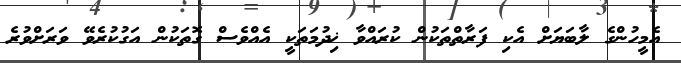
އެމީހުންގެ ލާބަޔަށް އެކި ފަރާތްތަކުން ކުރައްވާ ޚިދުމަތަކީ އެއްވެސް ގޮތަކުން އަގުކުރެވޭ ވަރަށްވުރެ